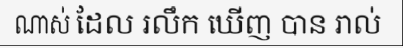
ណាស់ ដែល រលឹក ឃើញ បាន រាល់